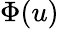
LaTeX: \Phi(u)